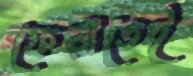
ফেরাতেই